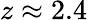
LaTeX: z\approx 2.4